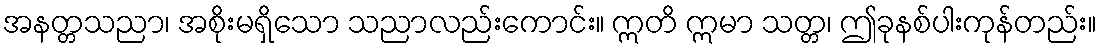
အနတ္တသညာ၊ အစိုးမရှိသော သညာလည်းကောင်း။ ဣတိ ဣမာ သတ္တ၊ ဤခုနစ်ပါးကုန်တည်း။